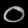
Digit: ၀